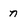
Character: n